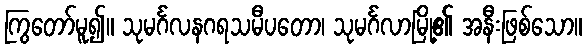
ကြွတော်မူ၍။ သုမင်္ဂလနဂရသမီပတော၊ သုမင်္ဂလာမြို့၏ အနီးဖြစ်သော။